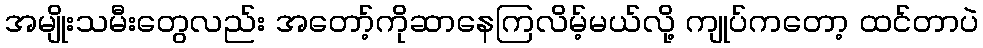
အမျိုးသမီးတွေလည်း အတော့်ကိုဆာနေကြလိမ့်မယ်လို့ ကျုပ်ကတော့ ထင်တာပဲ